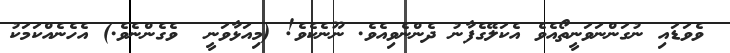
ވެވަޑައި ނުގަންނަވަނީތޯއެވެ އެކަލޭގެފާނު ދެންނެވިއެވެ. ނޫނެކެވެ! (މިއަޅާވަނީ  ވެގެންނެވެ.) އެހެނެއްކަމަކު